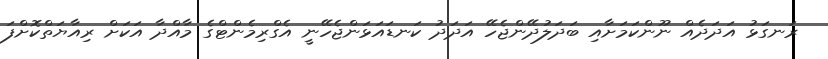
ރަނގަޅު އަދަދެއް ނޫންކަމަށާއި ބަދަލުދޭންޖެހޭ އަދަދު ކަނޑައަޅަންޖެހޭނީ އެގްރިމެންޓްގެ މާއްދާ އަކަަށް ރިއާޔަތްކޮށްފަ